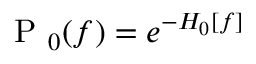
\mathrm { ~ P ~ } _ { 0 } ( f ) = e ^ { - H _ { 0 } [ f ] }